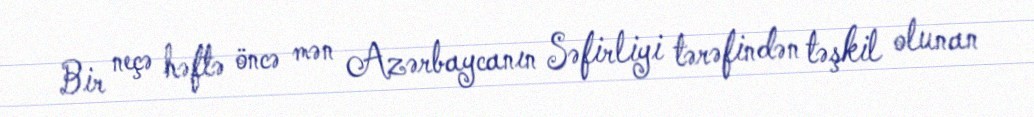
Bir neçə həftə öncə mən Azərbaycanın Səfirliyi tərəfindən təşkil olunan